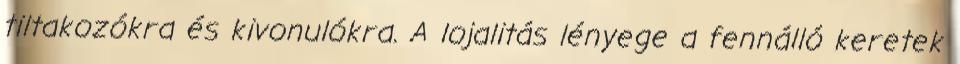
tiltakozókra és kivonulókra. A lojalitás lényege a fennálló keretek